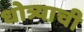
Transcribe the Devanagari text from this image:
धोत्र्याची